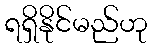
ရရှိနိုင်မည်ဟု